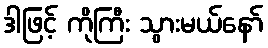
ဒါဖြင့် ကိုကြီး သွားမယ်နော်